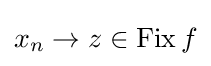
x_{n}\to z\in \operatorname {Fix} f